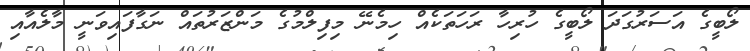
ލޯބީގެ އަސަރުގަދަ ލޯބީގެ ހުރިހާ ރަހަތަކެއް ހިމެނޭ މިފިލްމުގެ މަންޒަރުތައް ނަގާފައިވަނީ މާލެއާއި